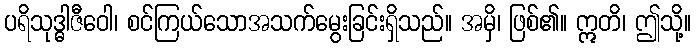
ပရိသုဒ္ဓါဇီဝေါ၊ စင်ကြယ်သောအသက်မွေးခြင်းရှိသည်။ အမှိ၊ ဖြစ်၏။ ဣတိ၊ ဤသို့။